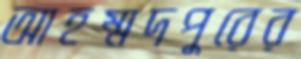
আহম্মদপুরের